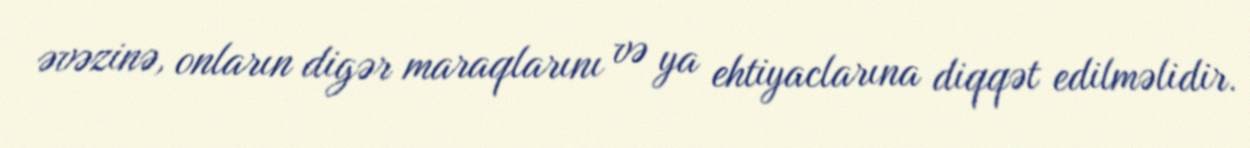
əvəzinə, onların digər maraqlarını və ya ehtiyaclarına diqqət edilməlidir.